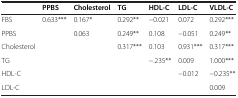
|  | PPBS | Cholesterol | TG | HDL-C | LDL-C | VLDL-C |
 | --- | --- | --- | --- | --- | --- | --- |
 | FBS | 0.633*** | 0.167* | 0.292** | -0.021 | 0.072 | 0.292*** |
 | PPBS |  | 0.063 | 0.249** | 0.108 | -0.051 | 0.249** |
 | Cholesterol |  |  | 0.317*** | 0.103 | 0.931*** | 0.317*** |
 | TG |  |  |  | -.235** | 0.009 | 1.000*** |
 | HDL-C |  |  |  |  | -0.012 | -0.235** |
 | LDL-C |  |  |  |  |  | 0.009 |